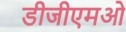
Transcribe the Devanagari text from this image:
डीजीएमओ